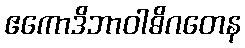
ဧကောဒိဘာဝါဓိဂတေန